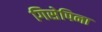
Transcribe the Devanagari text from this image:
गिसेपिना